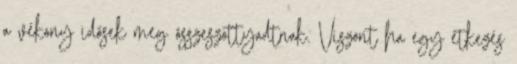
a vékony idősek meg összeszottyadtnak. Viszont ha egy étkezés